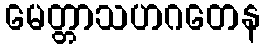
မေတ္တာသဟဂတေန